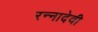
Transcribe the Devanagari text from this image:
रन्‍नादेवी